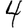
Digit: 4